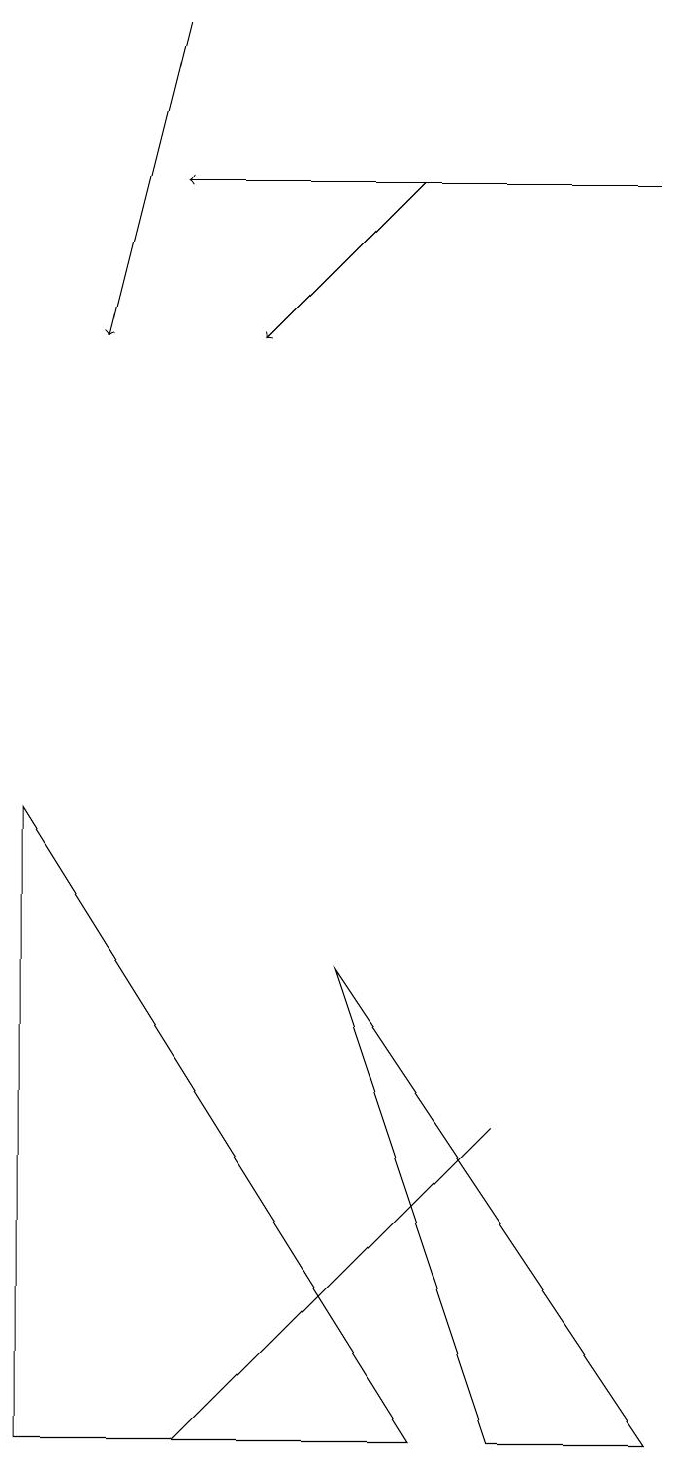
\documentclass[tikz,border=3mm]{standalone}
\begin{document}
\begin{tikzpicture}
\draw[->] (2,19) -- (1,15);
\draw[->] (5,17) -- (3,15);
\draw (6,1) -- (8,1) -- (4,7) -- cycle;
\draw (2,1) -- (6,5) -- (5,4) -- cycle;
\draw[->] (8,17) -- (2,17);
\draw (5,1) -- (0,9) -- (0,1) -- cycle;
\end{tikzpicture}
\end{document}